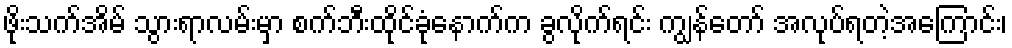
ဖိုးသက်အိမ် သွားရာလမ်းမှာ စက်ဘီးထိုင်ခုံနောက်က ခွလိုက်ရင်း ကျွန်တော် အလုပ်ရတဲ့အကြောင်း၊